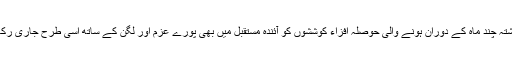
مجھے مکمل اعتماد ہے کہ ہم اپنے مشن کی تکمیل کے بہت قریب پہنچ چکے ہیں ، اسکے لیے ہم سب کو گذشتہ چند ماہ کے دوران ہونے والی حوصلہ افزاء کوششوں کو آئندہ مستقبل میں بھی پورے عزم اور لگن کے ساتھ اسی طرح جاری رکھنا ہو گا تاکہ مطلوبہ اہداف کو حاصل کرتے ہوئے دنیا کو پولیو کے موذی مرض سے محفوظ بنایا جا سکے"۔